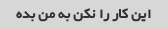
این کار را نکن به من بده